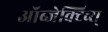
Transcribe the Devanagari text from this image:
ऑब्जेक्टिव्स्